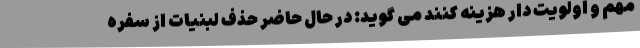
مهم و اولویت دار هزینه کنند می گوید: در حال حاضر حذف لبنیات از سفره